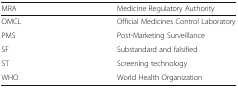
| MRA | Medicine Regulatory Authority |
 | --- | --- |
 | OMCL | Official Medicines Control Laboratory |
 | PMS | Post-Marketing Surveillance |
 | SF | Substandard and falsified |
 | ST | Screening technology |
 | WHO | World Health Organization |